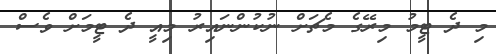
މި ދެ ޓީމު މިރޭގެ މެޗަށް ނުކުންނައިރު މިއީ ދެ ޓީމަށް ވެސް